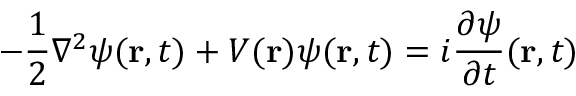
- { \frac { 1 } { 2 } } \nabla ^ { 2 } \psi ( \mathbf { r } , t ) + V ( \mathbf { r } ) \psi ( \mathbf { r } , t ) = i { \frac { \partial \psi } { \partial t } } ( \mathbf { r } , t )